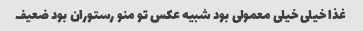
غذا خیلی خیلی معمولی بود شبیه عکس تو منو رستوران بود ضعیف